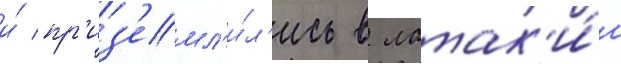
и́ пр'из'емл'и́л'ись в латак'и́и